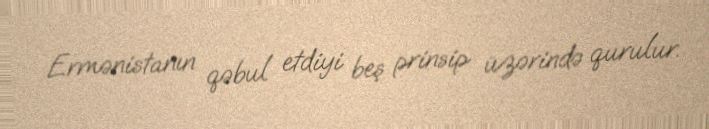
Ermənistanın qəbul etdiyi beş prinsip üzərində qurulur.